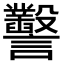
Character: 𧮙